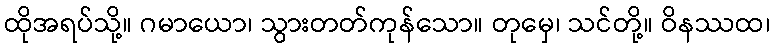
ထိုအရပ်သို့။ ဂမာယော၊ သွားတတ်ကုန်သော။ တုမှေ၊ သင်တို့။ ဝိနဿထ၊